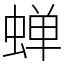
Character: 蝉